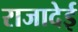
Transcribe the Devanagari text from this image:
राजादेई